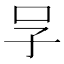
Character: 𠯂